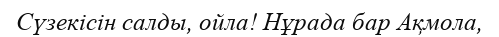
Сүзекісін салды, ойла! Нұрада бар Ақмола,